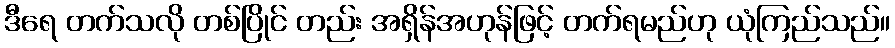
ဒီရေ တက်သလို တစ်ပြိုင် တည်း အရှိန်အဟုန်ဖြင့် တက်ရမည်ဟု ယုံကြည်သည်။